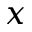
x